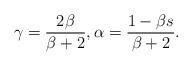
LaTeX: \begin{align*}\gamma = \frac{2 \beta}{\beta+2}, \alpha= \frac{1-\beta s}{\beta +2}.\end{align*}